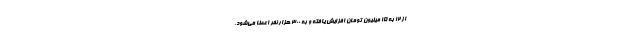
از ۱۲ به ۱۵ میلیون تومان افزایش یافته و به ۳۰۰ هزار نفر اعطا می‌شود.